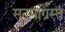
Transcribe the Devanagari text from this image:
सदमाग्रस्त